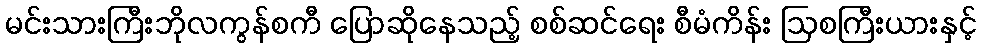
မင်းသားကြီးဘိုလကွန်စကီ ပြောဆိုနေသည့် စစ်ဆင်ရေး စီမံကိန်း ဩစကြီးယားနှင့်